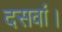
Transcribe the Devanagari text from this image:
दसवां।